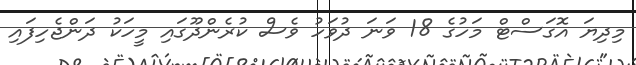
މިދިޔަ އޮގަސްޓް މަހުގެ 18 ވަނަ ދުވަހު ވެސް ކުރެންދޫގައި މީހަކު ދަންޖެހިފައި